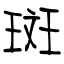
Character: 斑